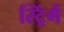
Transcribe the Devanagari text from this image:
स्ट्रिंगें